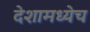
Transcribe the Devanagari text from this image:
देशामध्येच